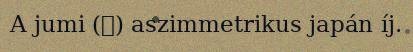
A jumi (弓) aszimmetrikus japán íj.